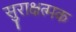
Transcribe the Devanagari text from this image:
सुराक्षत्मक